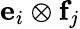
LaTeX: \mathbf{e}_{i}\otimes\mathbf{f}_{j}